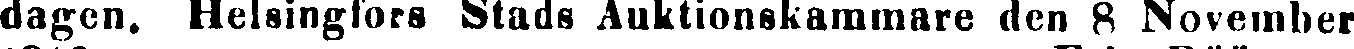
dagen, Helsingfors Stads Auktionskammare den 8 November